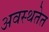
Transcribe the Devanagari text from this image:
अवस्थतेत